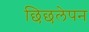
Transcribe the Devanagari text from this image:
छिछलेपन